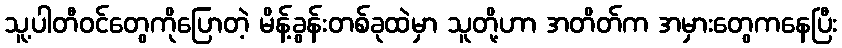
သူ့ပါတီဝင်တွေကိုပြောတဲ့ မိန့်ခွန်းတစ်ခုထဲမှာ သူတို့ဟာ အတိတ်က အမှားတွေကနေပြီး